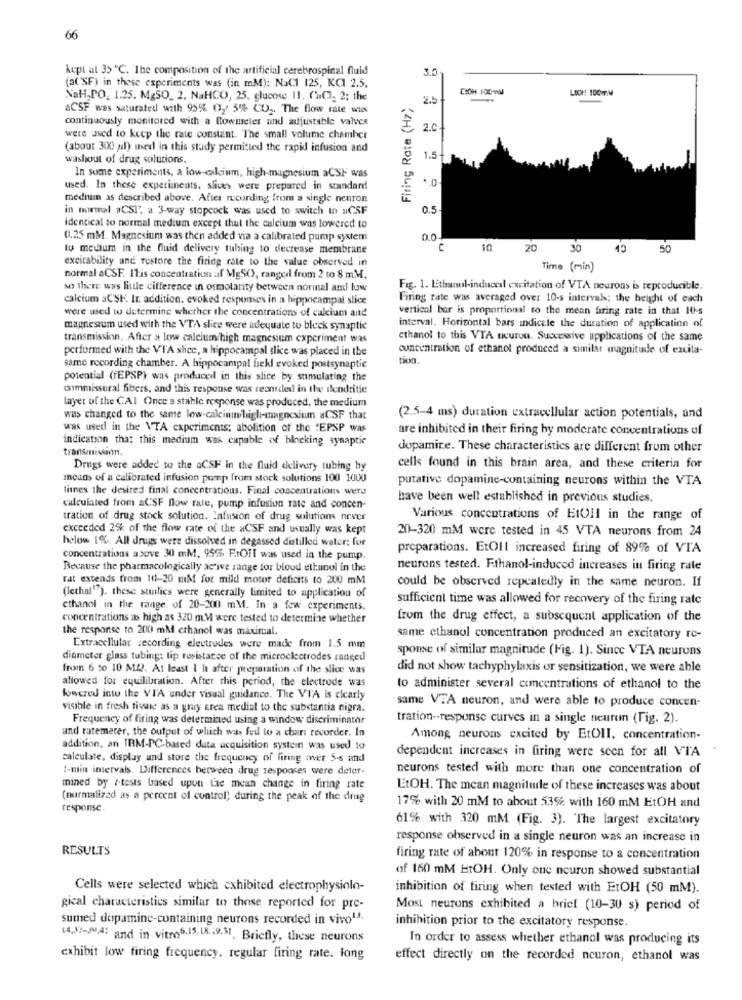
66
kept at 35 ℃. The composition of the artificial cerebrospinal fluid
3.0
(a( SF) in these experiments was (in mM): NaCl 125, KCI 2.5,
CICH 100mM
LOCH 100M
NaH,PO. 1.25. MgSO_ 2, NaHCO, 25, glucose 11. (HC], 2; the
Firing Rate (Hz)
2.5
aCSF was saturated with 955 02 5% CO2. The flow rate wis
continuously monitored with a flowmeter and adjustable valves
2.0
were used to keep the rate constant. The small volume chamber
(about 300 al) used in this study permitted the rapid infusion and
washout of drug solutions.
1.5
In some experiments, a low calcium, high-magnesium aCSF was
used. In these experiments, slices were prepared in standard
medium as described above. After recording from a single neuron
in normal aCSI, a 3-way stopcock was used to switch to wCSF
0.5
identical to normal medium except that the calcium was lowered to
0.25 mM. Magnesium was then added via a calibrated pump system
0.0
tu medium in the fluid delivery tubing to decrease membrane
C
10
20
30
50
excitability and restore the firing rate to the value observed in
Time (min)
normal aCSF. ITis concentration af MgSO, rangcil from 2 to 8 m.M.
so there was little difference in osmolarity between normal and low
Fig. 1. Ethanol-induced excitation of VTA neurons is reproducible.
calcium aCSE Ir. addition, evoked responses in a hippocampat slice
Firing rate was averaged over 10-s interval; the height of each
were used to determine whether the concentrations of calcium and
vertical bar is proportional to the mean firing rate in that 10-s
magnesium used with the VTA slice were adequate to bleek synaptic
interval. Horizontal bars indicele the duration of application of
transmission. After a low calcium/high magnesium experiment was
ethanol to this VTA neuron. Successive applications of the same
performed with the V'I'A slice, a hippocampal slice was placed in the
concentration of ethanol produced a similar magnitude of excita-
tion
same recording chamber. A hippocampal frekl evoked postsynaptic
potential (FEPSP) was produced in this slice by sumulating the
commissural fibers, and this response was recorded in the ilendritie
layer of the CAI Once a stable response was produced, the medium
was changed to the same low-calciumhigh-magnesium aCSF that
(2.5-4 ms) duration extracellular action potentials, and
was used in the VTA experiments; abolition of the "EPSP was
are inhibited in their firing hy moderate concentrations of
indication that this medium was capable of blocking synaptic
transmission.
dopamine. These characteristics are different from other
Drugs were added to the aCSF in the fluid delivery tubing by
cells found in this brain area, and these criteria for
means of a calibrated infusion pump from stock solutions 100 1000
putative dopamine-containing neurons within the VTA
finnes the desired final concentratious. Final concentrations were
have been well established in previous studies.
calculated from aCSF flow rate, pump infusion rate and concen-
tration of drug stock solution. Enfusion of drug solutions never
Various concentrations of EtOll in the range of
exceeded 2% of the flow rate of the aCSF and usually was kept
20-320 mM were tested in 45 VTA neurons from 24
helow 19%. All drugs were dissolved in degassed distilled water; for
preparations. EtOll increased firing of 89% of VTA
concentrations above 30 mM. 95% F.fOIT was used in the pump.
Because the pharmacologically active range for bloud ettunul in the
neurons tested. Ethanol-induced increases in firing rate
rat extends from 11-20 EM for mild motor deficits to 200 mM
could be observed repeatedly in the same neuron. If
(lethal""). these sturlics were generally limited to application of
sufficient time was allowed for recovery of the firing rate
ethanol in the range of 20-200 mM. In a few experiments.
concentrations as high as 320 m.M were tested to determine whether
from the drug effect, a subsequent application of the
the response to 2010 mM ethanol was maximal.
same ethanol concentration produced an excitatory ro-
Extracellular recording electrodes were made from 1.5 mm
sponse of similar magnitude (Fig. 1). Since VTA neurons
diameter glass tubing: lip resistance of the microclectrodes ranged
from 6 to 10 MQ. At least 1 h after preparation of the slice was
did not show tachyphylaxis or sensitization, we were able
allowed for equilibration. After this period, the electrode was
to administer several concentrations of ethanol to the
lowered into the VIA under visual guidance. The VIA is clearly
visible in fresh tissue as a gray area medial to the substantia nigra.
same VEA neuron, and were able to produce concen-
Frequency of firing was determined using a window discriminathr
tration -- response curves in a single neurun (Fig. 2).
and ratemeter, the output of which was fed to a chart recorder. In
Among neurons excited by EtOIl. concentration-
addition, an IBM-PC-based data acquisition system was used to
dependent increases in firing were seen for all VIA
calculate, display and store the frequency of firing iwer 5-s and
1-min intervals. Differences between drug responses were deter-
neurons tested with more than one concentration of
mined by rtests based upon the mean change in firing rate
EtOH. The mean magnitude of these increases was about
(normalized as a percent of control) during the peak of the drug
response.
17% with 20 mM to about 53% with 160 mM EtOH and
61% with 320 mM (Fig. 3). The largest excitatory
response observed in a single neuron was an increase in
RESULTS
firing rate of abont 120% in response to a concentration
of 160 mM EtOH. Only one neuron showed substantial
Cells were selected which exhibited electrophysiolo-
inhibition of firing when tested with EtOH (50 mM).
gical characteristics similar to those reported for pre-
Most neurons exhibited a brief (10-30 s) period of
sumed dopamine-containing neurons recorded in vivo13.
inhibition prior to the excitatory response.
14,8%-JA: and in vitro6.15.18 .: 9.31. Briefly, these neurons
In order to assess whether ethanol was producing its
exhibit low firing frequency. regular firing rate. long
effect directly on the recorded neuron, ethanol was